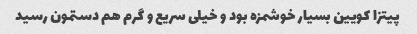
پیتزا کویین بسیار خوشمزه بود و خیلی سریع و گرم هم دستمون رسید